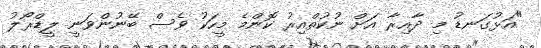
"އަޅުގަނޑު މި ދާއިރާ އަށް ނުކުތްއިރު ކޮންމެ މީހަކު ވެސް ބޭނުންވަނީ ލީޑްރޯލު